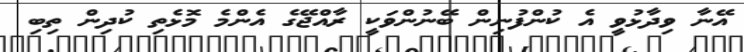
އޭނާ ވިދާޅުވީ އެ ކުންފުނިން ބޭނުންވަކީ ރާއްޖޭގެ އެންމެ މޮޅެތި ކުދިން ތިބި